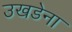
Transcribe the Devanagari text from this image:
उखडेना